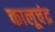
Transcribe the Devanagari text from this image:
कालूचंद्र